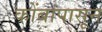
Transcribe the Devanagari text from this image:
कोंबांपासून